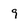
Character: g